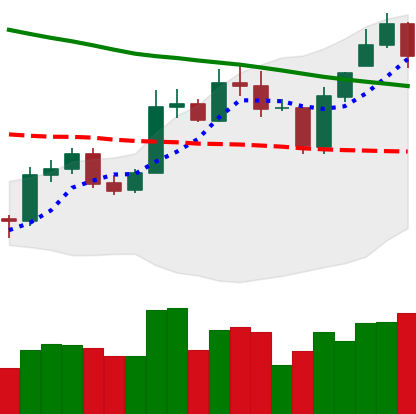
Ticker: ETC-USD
Chart end date: 2020-01-07
Forward return: 15.089%
Label: up_7plus